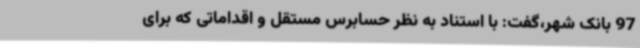
97 بانک شهر،گفت: با استناد به نظر حسابرس مستقل و اقداماتی که برای